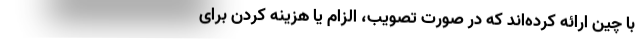
با چین ارائه کرده‌اند که در صورت تصویب، الزام یا هزینه کردن برای